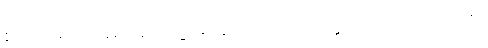
နိယျရေ၁၊ မတိုက်တွန်းကုန်။ သမ္ဗုဒ္ဓါ၊ မြတ်စွာဘုရားတို့သည်။ သမ္မာ၊ သင့်သောအကြောင်းဖြင့်။